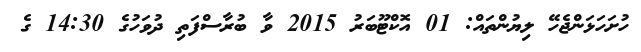
ހުށަހަޅަންޖެހޭ ލިޔުންތައް: 01 އޮކްޓޫބަރު 2015 ވާ ބުރާސްފަތި ދުވަހުގެ 14:30 ގެ